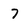
Character: 7